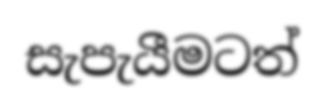
සැපැයීමටත්